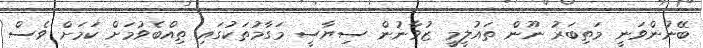
ބޭނުންވަނީ މަތިބަރު ނޫން ތައުލީމީ ޒުވާނުން ސިޔާސީ މަގާމުތަކުގައި ތިއްބެވުމަށް ކަމަށް ވެސް